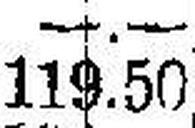
119.50